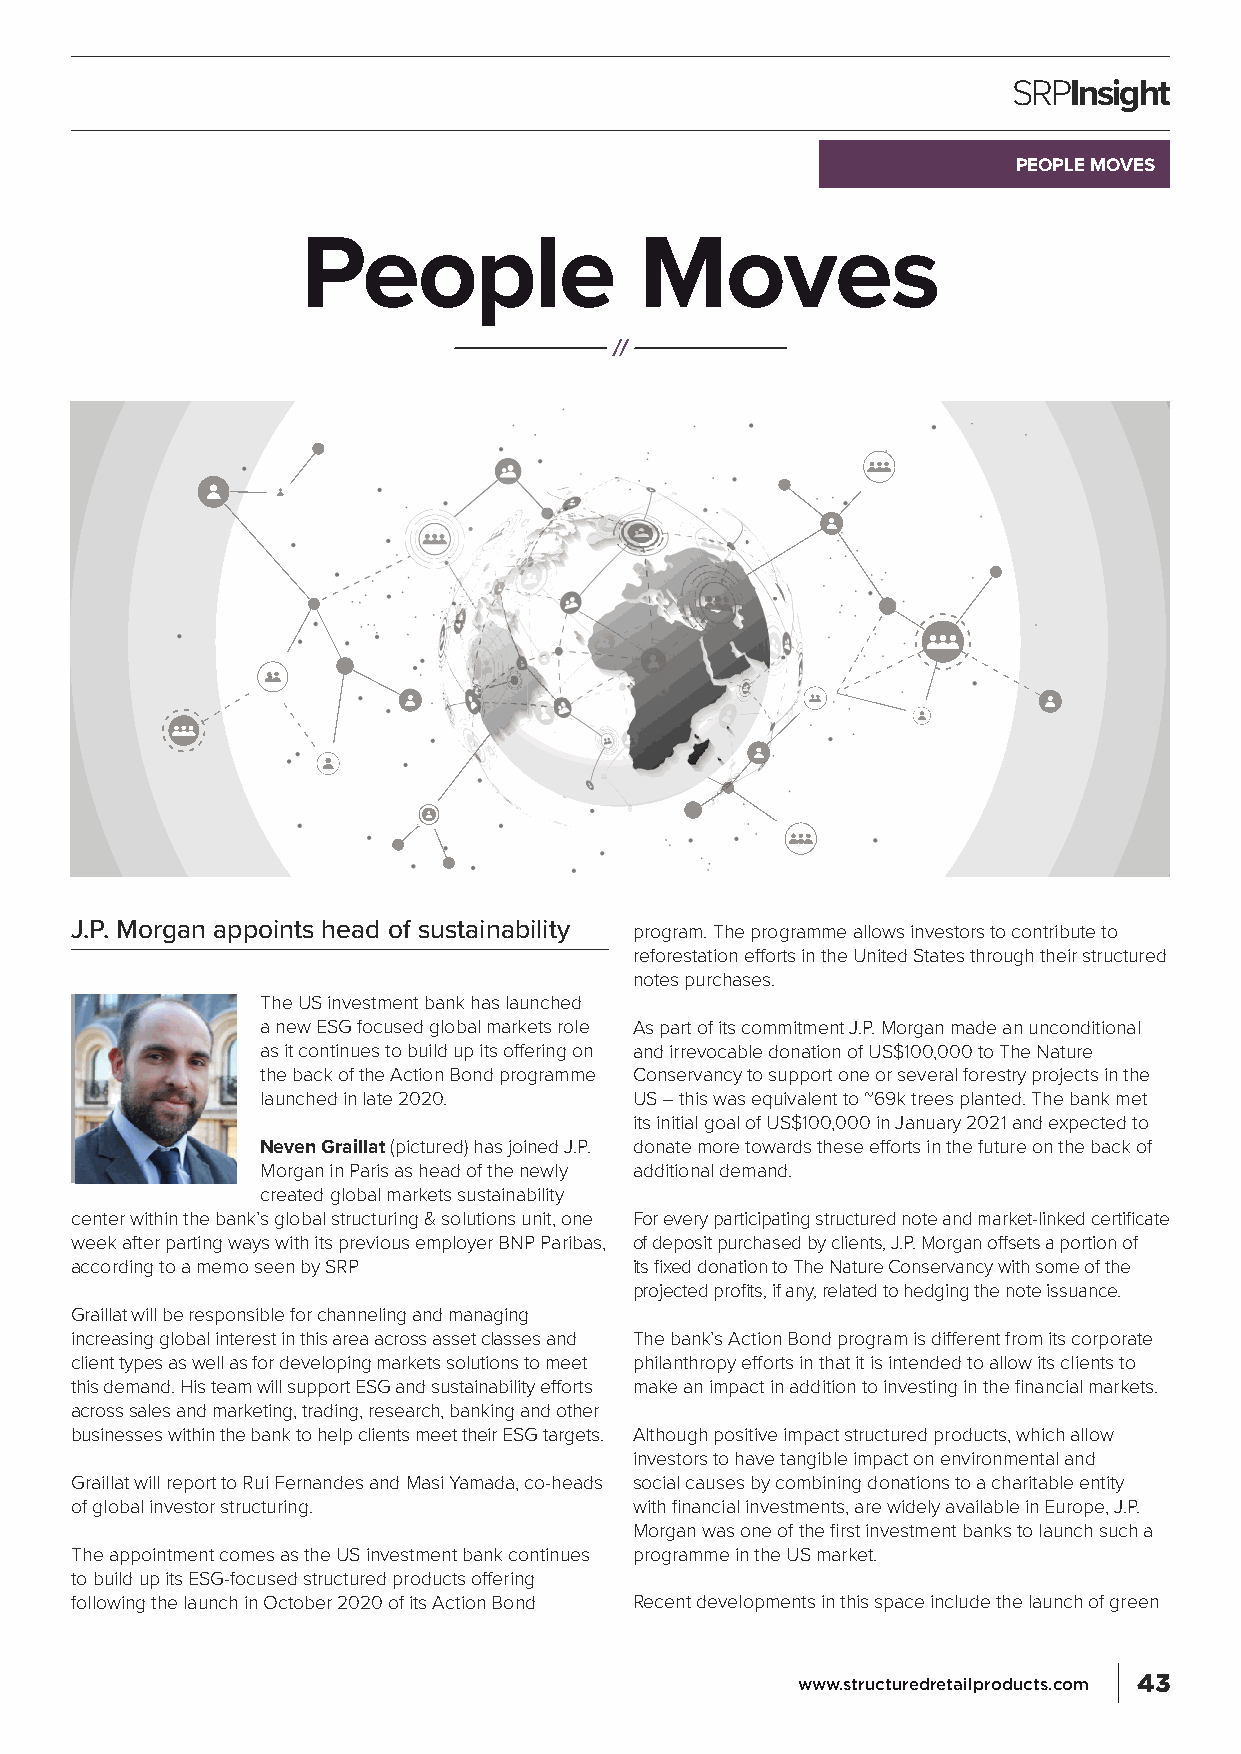
SRPInsight
 PEOPLE MOVES
 People                Moves
 J.P. Morgan appoints head of sustainability program. The programme allows investors to contribute to
 reforestation efforts in the United States through their structured
 notes purchases.
 The US investment bank has launched
 a new ESG focused global markets role As part of its commitment J.P. Morgan made an unconditional
 as it continues to build up its offering on and irrevocable donation of US$100,000 to The Nature
 the back of the Action Bond programme Conservancy to support one or several forestry projects in the
 launched in late 2020.   US – this was equivalent to ~69k trees planted. The bank met
 its initial goal of US$100,000 in January 2021 and expected to
 Neven Graillat (pictured) has joined J.P. donate more towards these efforts in the future on the back of
 Morgan in Paris as head of the newly additional demand.
 created global markets sustainability
 center within the bank’s global structuring & solutions unit, one For every participating structured note and market-linked certificate
 week after parting ways with its previous employer BNP Paribas, of deposit purchased by clients, J.P. Morgan offsets a portion of
 according to a memo seen by SRP      its fixed donation to The Nature Conservancy with some of the
 projected profits, if any, related to hedging the note issuance.
 Graillat will be responsible for channeling and managing
 increasing global interest in this area across asset classes and The bank’s Action Bond program is different from its corporate
 client types as well as for developing markets solutions to meet philanthropy efforts in that it is intended to allow its clients to
 this demand. His team will support ESG and sustainability efforts make an impact in addition to investing in the financial markets.
 across sales and marketing, trading, research, banking and other
 businesses within the bank to help clients meet their ESG targets. Although positive impact structured products, which allow
 investors to have tangible impact on environmental and
 Graillat will report to Rui Fernandes and Masi Yamada, co-heads social causes by combining donations to a charitable entity
 of global investor structuring.      with financial investments, are widely available in Europe, J.P.
 Morgan was one of the first investment banks to launch such a
 The appointment comes as the US investment bank continues programme in the US market.
 to build up its ESG-focused structured products offering
 following the launch in October 2020 of its Action Bond Recent developments in this space include the launch of green
 www.structuredretailproducts.com 43